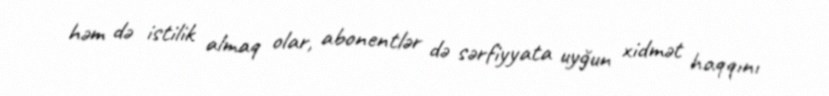
həm də istilik almaq olar, abonentlər də sərfiyyata uyğun xidmət haqqını